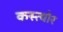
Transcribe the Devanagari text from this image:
कस्त्योर